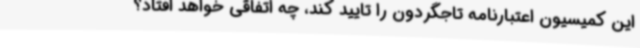
این کمیسیون اعتبارنامه تاجگردون را تایید کند، چه اتفاقی خواهد افتاد؟